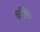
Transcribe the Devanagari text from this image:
कशि